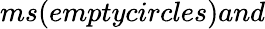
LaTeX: ms(emptycircles)and